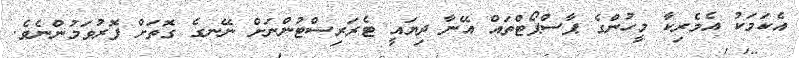
އެކަމަކު އެމެރިކާ މީހުންގެ ޕާސްޕޯޓްތައް އޭނާ ދިޔައީ ޓެރަރިސްޓުންނަށް ނޭނގެ ގޮތަށް ފޮރުވަމުންނެވެ.